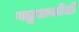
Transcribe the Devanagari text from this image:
गढूळलेले